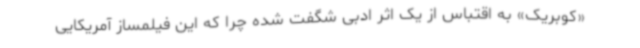
«کوبریک» به اقتباس از یک اثر ادبی شگفت شده چرا که این فیلمساز آمریکایی